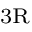
_ { \mathrm { 3 R } }